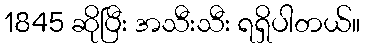
1845 ဆိုပြီး အသီးသီး ရရှိပါတယ်။